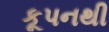
કૂપનથી